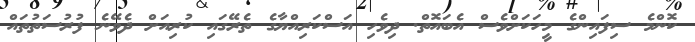
ކޮންމެ ސިފައިންގެ މީހަކަށްވެސް އެބައޮތް. ދިވެހި އަސްކަރިއްޔާގެ ތެރޭގައި ކުރިއަށް ދެވޭނެ ފުރުސަތުތައް